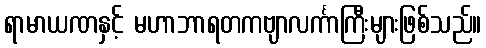
ရာမာယဏနှင့် မဟာဘာရတကဗျာလင်္ကာကြီးများဖြစ်သည်။